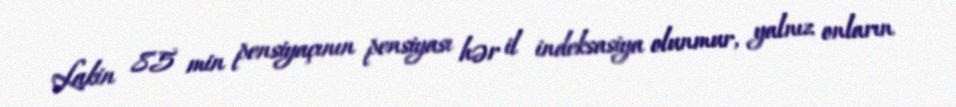
Lakin 85 min pensiyaçının pensiyası hər il indeksasiya olunmur, yalnız onların